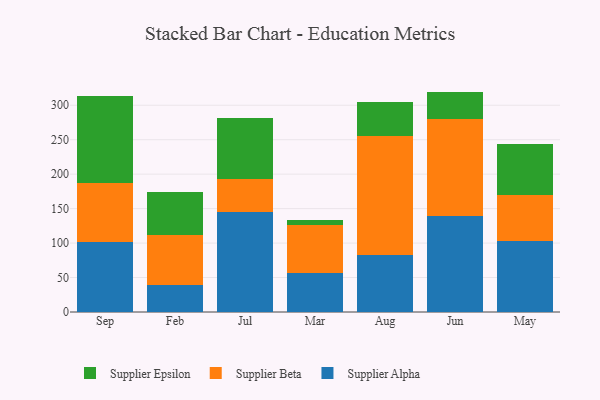
{"axis": {"x": "Month", "y": "Backlog"}, "legend": ["Supplier Alpha", "Supplier Beta", "Supplier Epsilon"], "data": [{"x": "Sep", "y": 101.5, "type": "Supplier Alpha"}, {"x": "Sep", "y": 85.7, "type": "Supplier Beta"}, {"x": "Sep", "y": 126.9, "type": "Supplier Epsilon"}, {"x": "Feb", "y": 39.9, "type": "Supplier Alpha"}, {"x": "Feb", "y": 72.0, "type": "Supplier Beta"}, {"x": "Feb", "y": 62.9, "type": "Supplier Epsilon"}, {"x": "Jul", "y": 145.6, "type": "Supplier Alpha"}, {"x": "Jul", "y": 48.1, "type": "Supplier Beta"}, {"x": "Jul", "y": 87.4, "type": "Supplier Epsilon"}, {"x": "Mar", "y": 57.0, "type": "Supplier Alpha"}, {"x": "Mar", "y": 69.3, "type": "Supplier Beta"}, {"x": "Mar", "y": 7.1, "type": "Supplier Epsilon"}, {"x": "Aug", "y": 83.1, "type": "Supplier Alpha"}, {"x": "Aug", "y": 172.5, "type": "Supplier Beta"}, {"x": "Aug", "y": 48.4, "type": "Supplier Epsilon"}, {"x": "Jun", "y": 139.6, "type": "Supplier Alpha"}, {"x": "Jun", "y": 140.6, "type": "Supplier Beta"}, {"x": "Jun", "y": 39.6, "type": "Supplier Epsilon"}, {"x": "May", "y": 102.5, "type": "Supplier Alpha"}, {"x": "May", "y": 67.8, "type": "Supplier Beta"}, {"x": "May", "y": 73.7, "type": "Supplier Epsilon"}]}